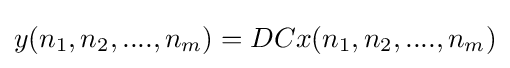
y(n_{1},n_{2},....,n_{m})=DCx(n_{1},n_{2},....,n_{m})